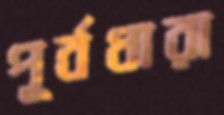
পূর্বধারা